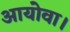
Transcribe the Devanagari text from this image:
आयोवा।